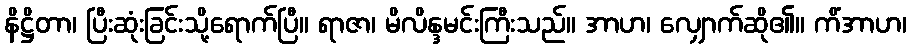
နိဋ္ဌိတာ၊ ပြီးဆုံးခြင်းသို့ရောက်ပြီ။ ရာဇာ၊ မိလိန္ဒမင်းကြီးသည်။ အာဟ၊ လျှောက်ဆို၏။ ကိံအာဟ၊